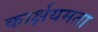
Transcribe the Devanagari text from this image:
कार्क्षयमता